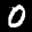
Label: 0